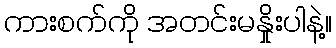
ကားစက်ကို အတင်းမနှိုးပါနဲ့။